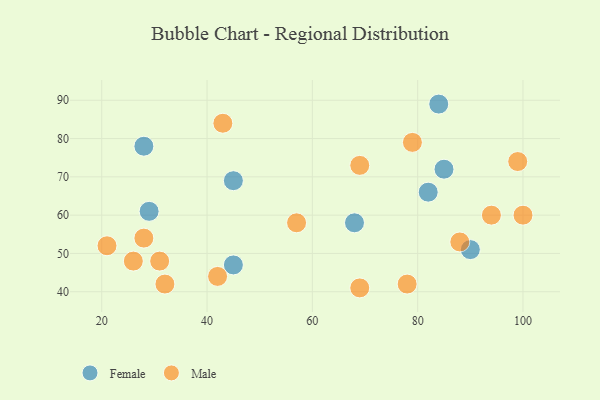
{"axis": {"x": "GDP", "y": "Life Expectancy"}, "legend": ["Female", "Male"], "data": [{"x": "28", "y": 78, "type": "Female"}, {"x": "68", "y": 58, "type": "Female"}, {"x": "85", "y": 72, "type": "Female"}, {"x": "90", "y": 51, "type": "Female"}, {"x": "82", "y": 66, "type": "Female"}, {"x": "29", "y": 61, "type": "Female"}, {"x": "45", "y": 69, "type": "Female"}, {"x": "45", "y": 47, "type": "Female"}, {"x": "84", "y": 89, "type": "Female"}, {"x": "99", "y": 74, "type": "Male"}, {"x": "57", "y": 58, "type": "Male"}, {"x": "94", "y": 60, "type": "Male"}, {"x": "42", "y": 44, "type": "Male"}, {"x": "100", "y": 60, "type": "Male"}, {"x": "43", "y": 84, "type": "Male"}, {"x": "31", "y": 48, "type": "Male"}, {"x": "88", "y": 53, "type": "Male"}, {"x": "28", "y": 54, "type": "Male"}, {"x": "69", "y": 41, "type": "Male"}, {"x": "79", "y": 79, "type": "Male"}, {"x": "26", "y": 48, "type": "Male"}, {"x": "32", "y": 42, "type": "Male"}, {"x": "69", "y": 73, "type": "Male"}, {"x": "21", "y": 52, "type": "Male"}, {"x": "78", "y": 42, "type": "Male"}]}